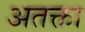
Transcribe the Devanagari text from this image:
अतक्ता